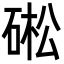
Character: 硹